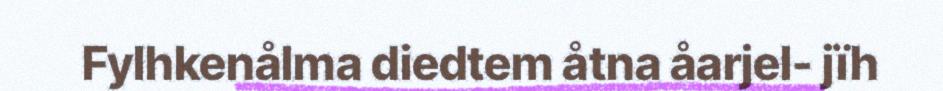
Fylhkenålma diedtem åtna åarjel- jïh